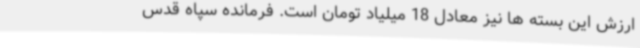
ارزش این بسته ها نیز معادل 18 میلیاد تومان است. فرمانده سپاه قدس